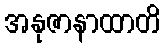
အနုဇာနာထာတိ